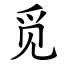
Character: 觅